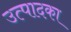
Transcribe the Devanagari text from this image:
उत्पादका